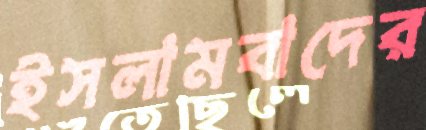
ইসলামবাদের